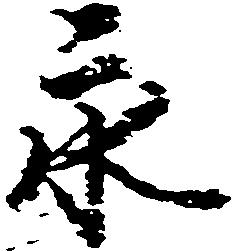
永